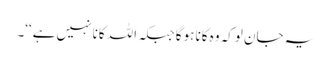
یہ جان لوکہ وہ کانا ہوگا جبکہ اللہ کانا نہیں ہے‘‘۔